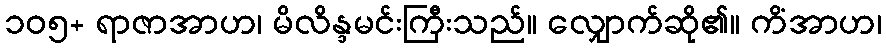
၁၀၅+ ရာဇာအာဟ၊ မိလိန္ဒမင်းကြီးသည်။ လျှောက်ဆို၏။ ကိံအာဟ၊